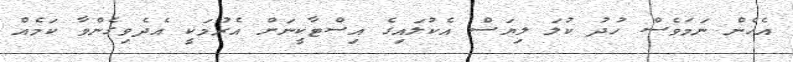
އެހެން ނަމަވެސް ހުދު ކުލަ ލިޔަސް އެކުލައިގެ އިސްޓާކީނަށް އެރުމަކީ އެދެވިގެންވާ ކަމެއް